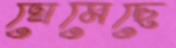
ঘেমেছে